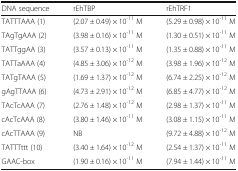
<table><thead><tr><td><b>DNA sequence</b></td><td><b>rEhTBP</b></td><td><b>rEhTRF1</b></td></tr></thead><tbody><tr><td>TATTTAAA (1)</td><td>(2.07 ± 0.49) × 10<sup>-11</sup> M</td><td>(5.29 ± 0.98) × 10<sup>-11</sup> M</td></tr><tr><td>TAgTgAAA (2)</td><td>(3.98 ± 0.16) × 10<sup>-11</sup> M</td><td>(1.30 ± 0.51) × 10<sup>-11</sup> M</td></tr><tr><td>TATTggAA (3)</td><td>(3.57 ± 0.13) × 10<sup>-11</sup> M</td><td>(1.35 ± 0.88) × 10<sup>-11</sup> M</td></tr><tr><td>TATTaAAA (4)</td><td>(4.85 ± 3.06) × 10<sup>-12</sup> M</td><td>(3.98 ± 1.96) × 10<sup>-12</sup> M</td></tr><tr><td>TATgTAAA (5)</td><td>(1.69 ± 1.37) × 10<sup>-12</sup> M</td><td>(6.74 ± 2.25) × 10<sup>-12</sup> M</td></tr><tr><td>gAgTTAAA (6)</td><td>(4.73 ± 2.91) × 10<sup>-12</sup> M</td><td>(6.85 ± 4.77) × 10<sup>-12</sup> M</td></tr><tr><td>TAcTcAAA (7)</td><td>(2.76 ± 1.48) × 10<sup>-12</sup> M</td><td>(2.98 ± 1.37) × 10<sup>-11</sup> M</td></tr><tr><td>cAcTcAAA (8)</td><td>(3.80 ± 1.46) × 10<sup>-11</sup> M</td><td>(3.08 ± 1.15) × 10<sup>-11</sup> M</td></tr><tr><td>cAcTTAAA (9)</td><td>NB</td><td>(9.72 ± 4.88) × 10<sup>-12</sup> M</td></tr><tr><td>TATTTttt (10)</td><td>(3.40 ± 1.64) × 10<sup>-12</sup> M</td><td>(2.54 ± 1.37) × 10<sup>-11</sup> M</td></tr><tr><td>GAAC-box</td><td>(1.90 ± 0.16) × 10<sup>-11</sup> M</td><td>(7.94 ± 1.44) × 10<sup>-11</sup> M</td></tr></tbody></table>